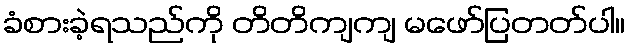
ခံစားခဲ့ရသည်ကို တိတိကျကျ မဖော်ပြတတ်ပါ။